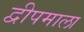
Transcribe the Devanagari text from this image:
द्वीपमाला